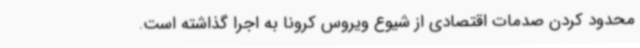
محدود کردن صدمات اقتصادی از شیوع ویروس کرونا به اجرا گذاشته است.